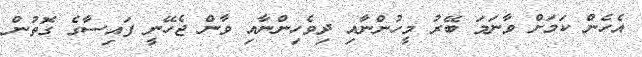
އެހެން ކަމަށް ވާނަމަ ބޭރު މީހުންނާއި ދިވެހިންނާއި ވާން ޖެހޭނީ ފައިސާގެ ގޮތުން